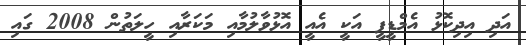
އަދި އިދިކޮޅު އެމްޑީޕީ އަކީ އެއީ އޮޅުވާލުމާއި މަކަރާއި ހީލަތުން 2008 ގައި